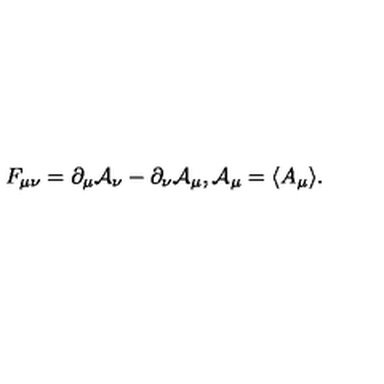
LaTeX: F _ { \mu \nu } = \partial _ { \mu } { \mathcal A } _ { \nu } - \partial _ { \nu } { \mathcal A } _ { \mu } , { \mathcal A } _ { \mu } = \langle A _ { \mu } \rangle .